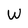
Character: W